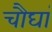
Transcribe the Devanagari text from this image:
चौघां